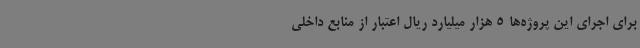
برای اجرای این پروژه‌ها 5 هزار میلیارد ریال اعتبار از منابع داخلی